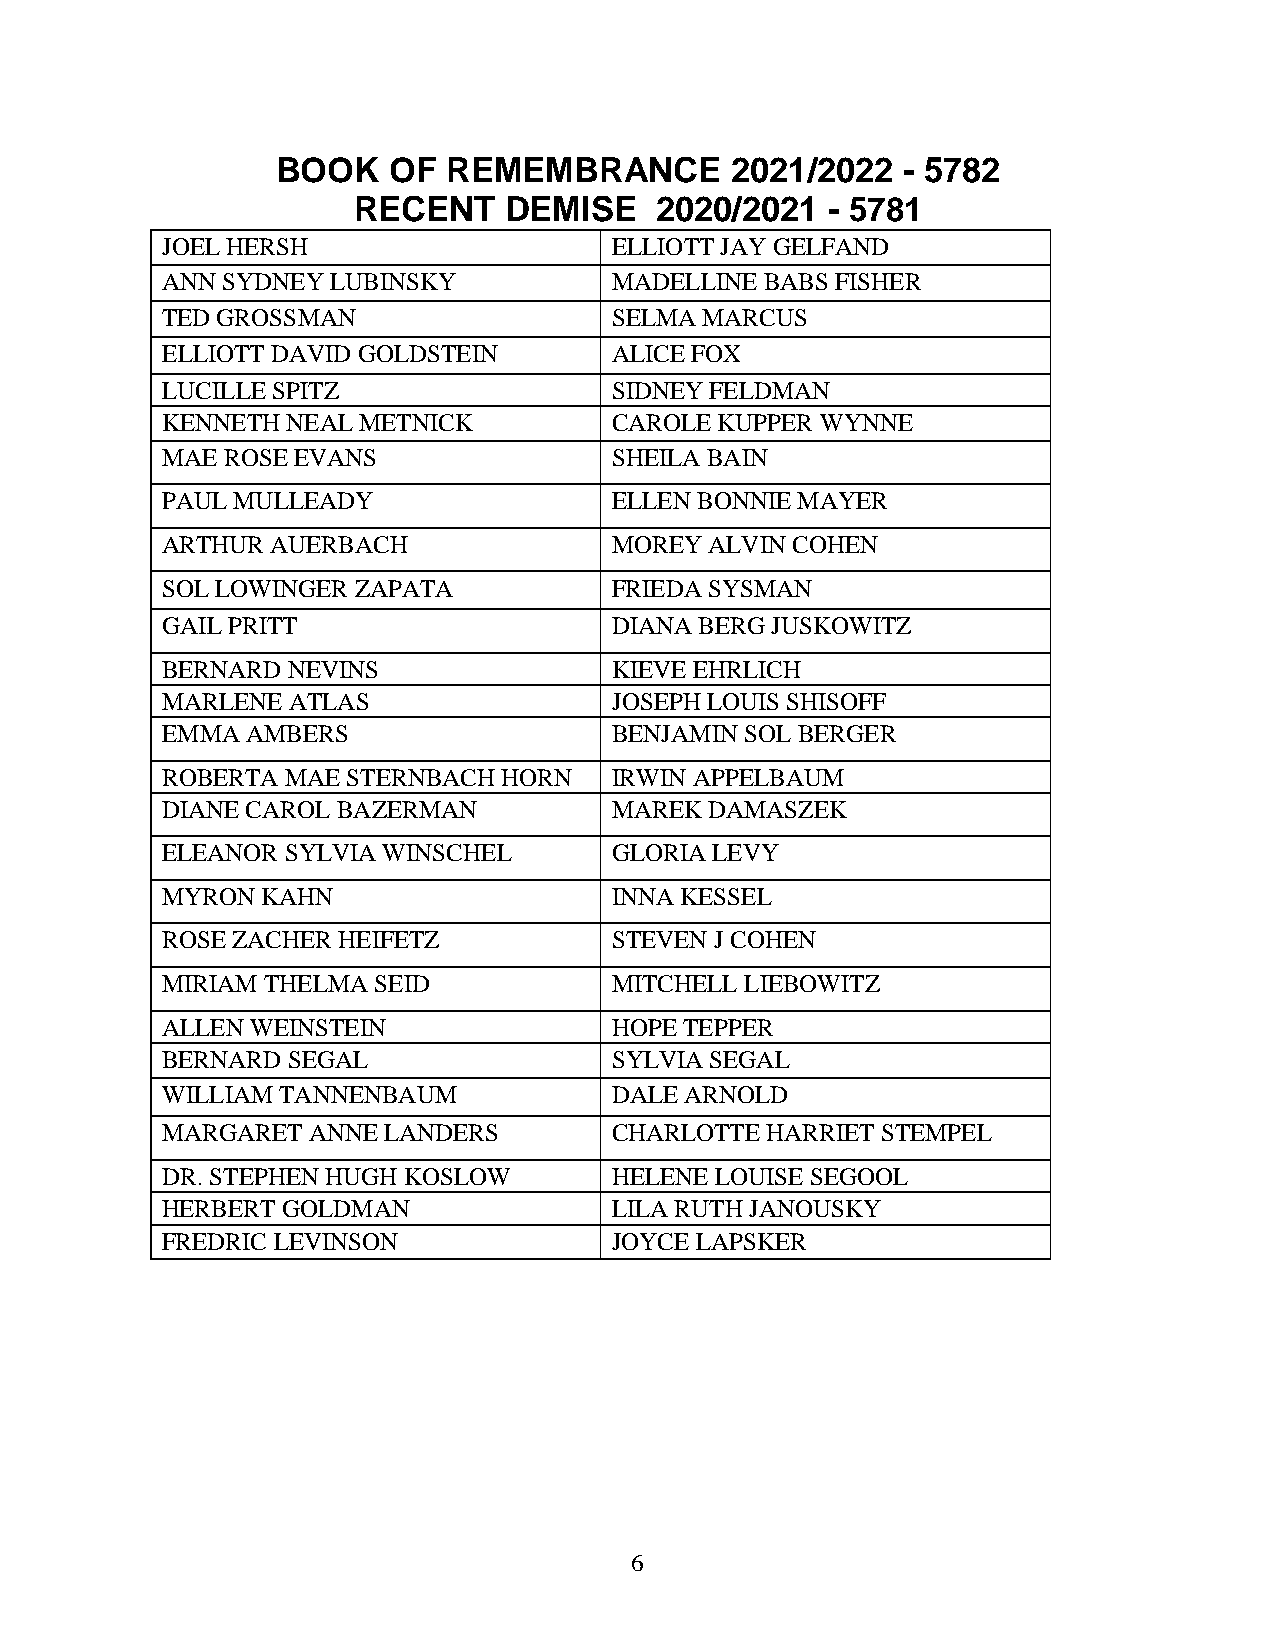
BOOK    OF  REMEMBRANCE       2021/2022   - 5782
 RECENT    DEMISE    2020/2021   - 5781
 JOEL HERSH                   ELLIOTT JAY GELFAND
 ANN SYDNEY LUBINSKY          MADELLINE  BABS FISHER
 TED GROSSMAN                 SELMA MARCUS
 ELLIOTT DAVID GOLDSTEIN      ALICE FOX
 LUCILLE SPITZ                SIDNEY FELDMAN
 KENNETH NEAL METNICK         CAROLE  KUPPER WYNNE
 MAE ROSE EVANS               SHEILA BAIN
 PAUL MULLEADY                ELLEN BONNIE MAYER
 ARTHUR AUERBACH              MOREY  ALVIN COHEN
 SOL LOWINGER ZAPATA          FRIEDA SYSMAN
 GAIL PRITT                   DIANA BERG JUSKOWITZ
 BERNARD NEVINS               KIEVE EHRLICH
 MARLENE ATLAS                JOSEPH LOUIS SHISOFF
 EMMA AMBERS                  BENJAMIN SOL BERGER
 ROBERTA MAE STERNBACH HORN   IRWIN APPELBAUM
 DIANE CAROL BAZERMAN         MAREK  DAMASZEK
 ELEANOR SYLVIA WINSCHEL      GLORIA LEVY
 MYRON KAHN                   INNA KESSEL
 ROSE ZACHER HEIFETZ          STEVEN J COHEN
 MIRIAM THELMA SEID           MITCHELL LIEBOWITZ
 ALLEN WEINSTEIN              HOPE TEPPER
 BERNARD SEGAL                SYLVIA SEGAL
 WILLIAM TANNENBAUM           DALE ARNOLD
 MARGARET ANNE LANDERS        CHARLOTTE  HARRIET STEMPEL
 DR. STEPHEN HUGH KOSLOW      HELENE LOUISE SEGOOL
 HERBERT GOLDMAN              LILA RUTH JANOUSKY
 FREDRIC LEVINSON             JOYCE LAPSKER
 6